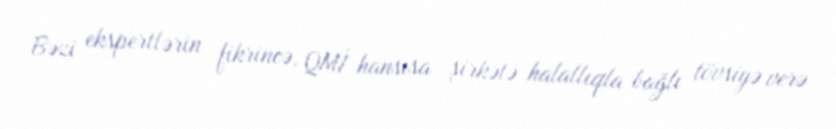
Bəzi ekspertlərin fikrincə, QMİ hansısa şirkətə halallıqla bağlı tövsiyə verə